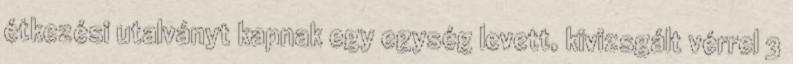
étkezési utalványt kapnak egy egység levett, kivizsgált vérrel 3